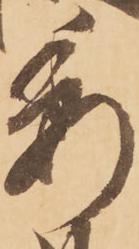
委